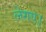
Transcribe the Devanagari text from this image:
लेगए।